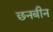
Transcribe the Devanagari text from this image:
छनबीन